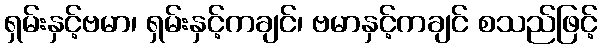
ရှမ်းနှင့်ဗမာ၊ ရှမ်းနှင့်ကချင်၊ ဗမာနှင့်ကချင် စသည်ဖြင့်